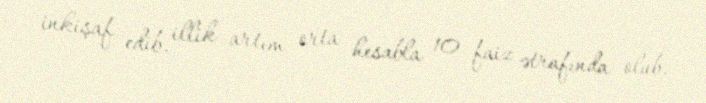
inkişaf edib, illik artım orta hesabla 10 faiz ətrafında olub.